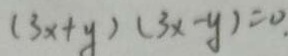
( 3 x + y ) ( 3 x - y ) = 0 .